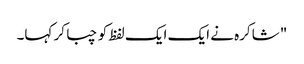
" شاکرہ نے ایک ایک لفظ کو چبا کر کہا۔